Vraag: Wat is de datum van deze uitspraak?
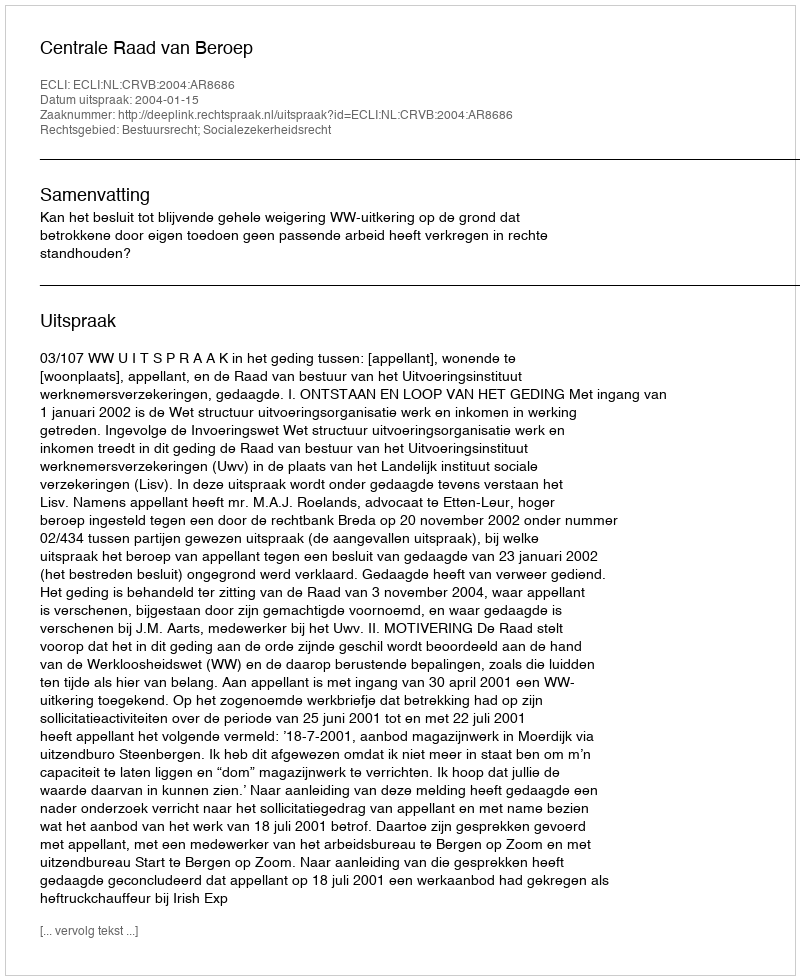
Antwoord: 2004-01-15